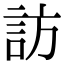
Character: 訪